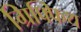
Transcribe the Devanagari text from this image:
ग्रिफ्फिथ